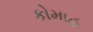
કોમાહ